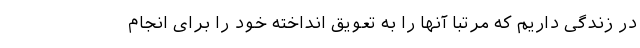
در زندگی داریم که مرتبا آنها را به تعویق انداخته خود را برای انجام